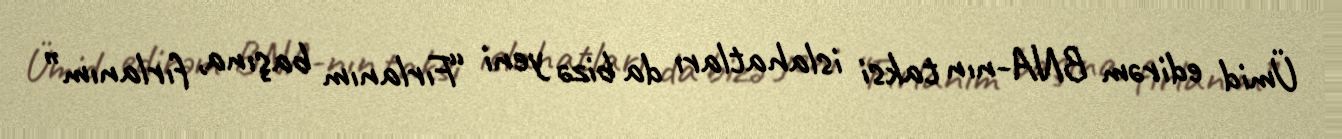
Ümid edirəm BNA-nın taksi islahatları da bizə yeni “Fırlanım başına, fırlanım”